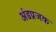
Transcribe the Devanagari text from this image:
अंडप्रजक